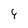
Character: 9